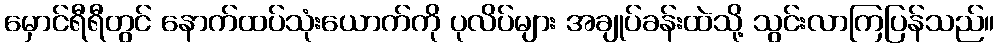
မှောင်ရီရီတွင် နောက်ထပ်သုံးယောက်ကို ပုလိပ်များ အချုပ်ခန်းထဲသို့ သွင်းလာကြပြန်သည်။